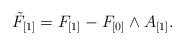
LaTeX: \begin{align*}\tilde F_{[1]} = F_{[1]} - F_{[0]} \wedge A_{[1]}.\end{align*}